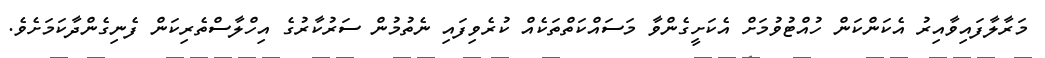
މަރާލާފައިވާއިރު އެކަންކަން ހުއްޓުވުމަށް އެކަށީގެންވާ މަސައްކަތްތަކެއް ކުރެވިފައި ނެތުމުން ސަރުކާރުގެ އިހްލާސްތެރިކަން ފެނިގެންދާކަމަށެވެ.